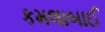
કમલાબાઈ